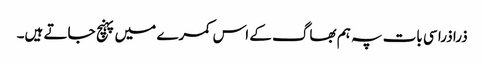
ذرا ذرا سی بات پہ ہم بھاگ کے اس کمرے میں پہنچ جاتے ہیں۔